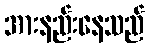
အားနည်းနေသည်